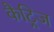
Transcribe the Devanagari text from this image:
कैट्रिज